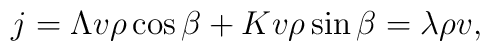
j = \Lambda v \rho\cos{\beta} + K v \rho\sin{\beta} = \lambda \rho v ,